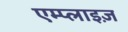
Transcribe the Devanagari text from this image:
एम्प्लाइज़